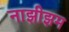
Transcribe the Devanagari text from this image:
नाझीझम